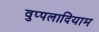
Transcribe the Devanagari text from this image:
वुप्पलादियाम